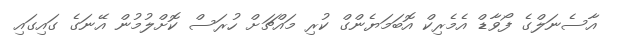
އާސެނަލްގެ ފޯވާޑް އެމެރިކް އޮބަމަޔެންގް ކުރި މައްޗަށް ހުރަސް ކޮށްލުމުން އޭނަގެ ގައިގައި